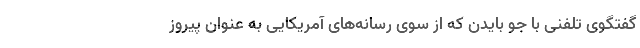
گفتگوی تلفنی با جو بایدن که از سوی رسانه‌های آمریکایی به عنوان پیروز